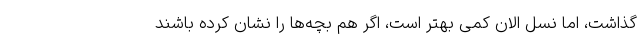
‌گذاشت، اما نسل الان کمی بهتر است، اگر هم بچه‌ها را نشان کرده باشند